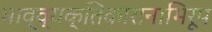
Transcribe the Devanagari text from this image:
भाव्व्यक्तिकारानाभिरूप